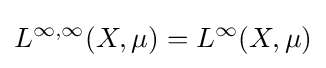
L^{\infty ,\infty }(X,\mu )=L^{\infty }(X,\mu )